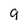
Character: 9